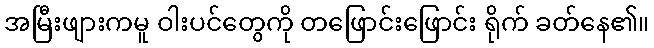
အမြီးဖျားကမူ ဝါးပင်တွေကို တဖြောင်းဖြောင်း ရိုက် ခတ်နေ၏။